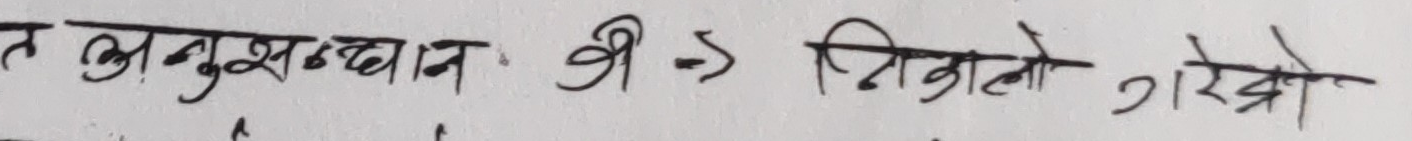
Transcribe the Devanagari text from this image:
त अनुसंधान श्री -> निकाले गरेको